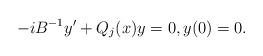
LaTeX: \begin{align*} -i B^{-1} y' + Q_j(x) y = 0, y(0)=0.\end{align*}